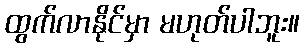
ထွက်လာနိုင်မှာ မဟုတ်ပါဘူး။